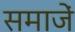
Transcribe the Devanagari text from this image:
समाजें